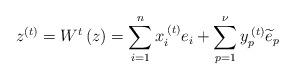
LaTeX: \begin{align*}z^{\left(t\right)}=W^{t}\left(z\right)=\sum_{i=1}^{n}x_{i}^{\:\left(t\right)}e_{i}+\sum_{p=1}^{\nu}y_{p}^{\:\left(t\right)}\widetilde{e}_{p}\end{align*}